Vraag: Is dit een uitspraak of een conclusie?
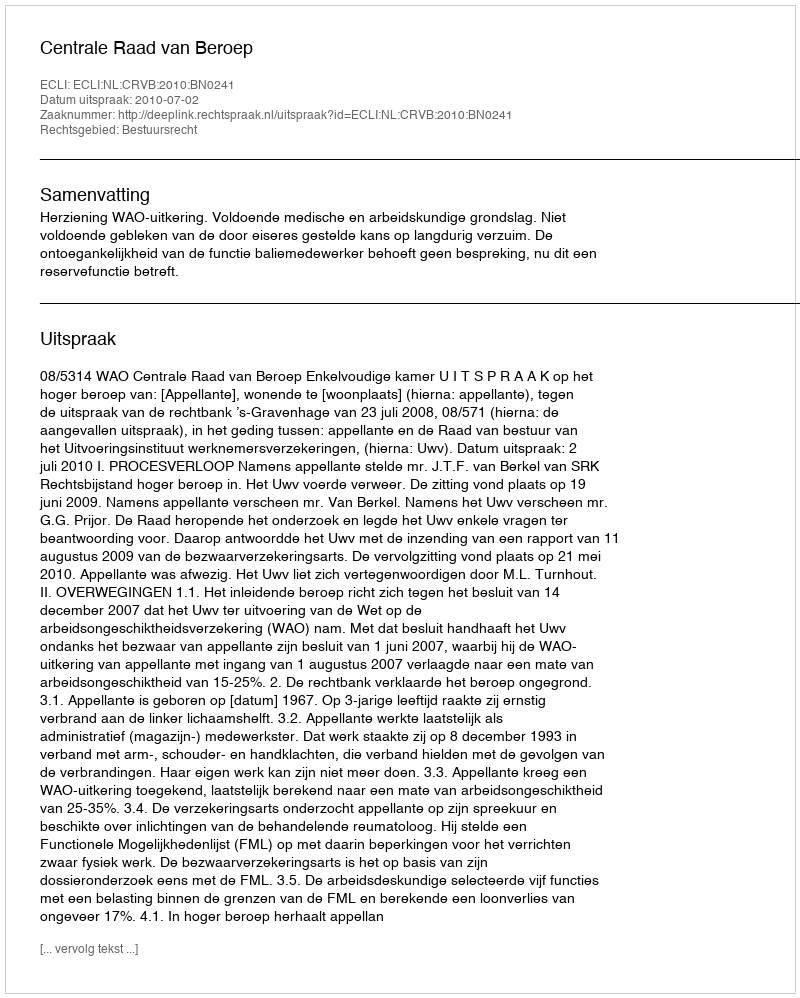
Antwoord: Uitspraak